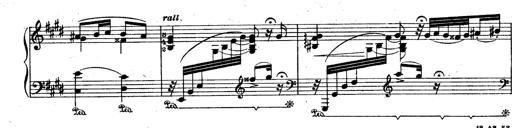
Title: Le rossignol
Composer: Franz Liszt